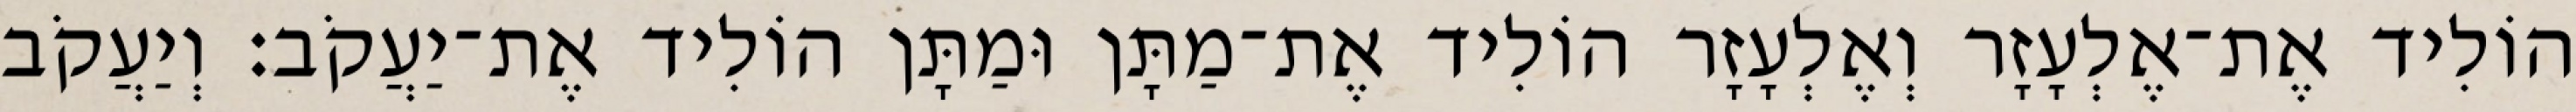
הוֹלִיד אֶת־אֶלְעָזָר וְאֶלְעָזָר הוֹלִיד אֶת־מַתָּן וּמַתָּן הוֹלִיד אֶת־יַעֲקֹב׃ וְיַעֲקֹב